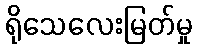
ရိုသေလေးမြတ်မှု